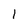
Character: l